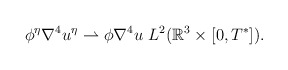
\begin{align*}\phi^\eta \nabla^4 u^\eta \rightharpoonup \phi\nabla^4 u & \ L^2(\mathbb{R}^3 \times [0,T^*]).\end{align*}